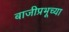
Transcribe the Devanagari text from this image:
बाजीप्रभूच्या